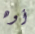
أوه